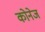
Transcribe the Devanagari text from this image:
कोनेज